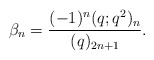
\begin{align*} \beta_n = \frac{(-1)^n(q;q^2)_n}{(q)_{2n+1}}.\end{align*}